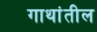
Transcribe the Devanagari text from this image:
गाथांतील